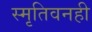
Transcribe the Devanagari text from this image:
स्मृतिवनही